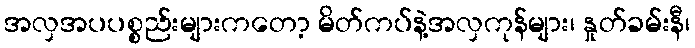
အလှအပပစ္စည်းများကတော့ မိတ်ကပ်နဲ့အလှကုန်များ၊ နှုတ်ခမ်းနီ၊